Report of the Indian Hemp Drugs Commission, 1894-1895 - Volume IV
Year: 1894
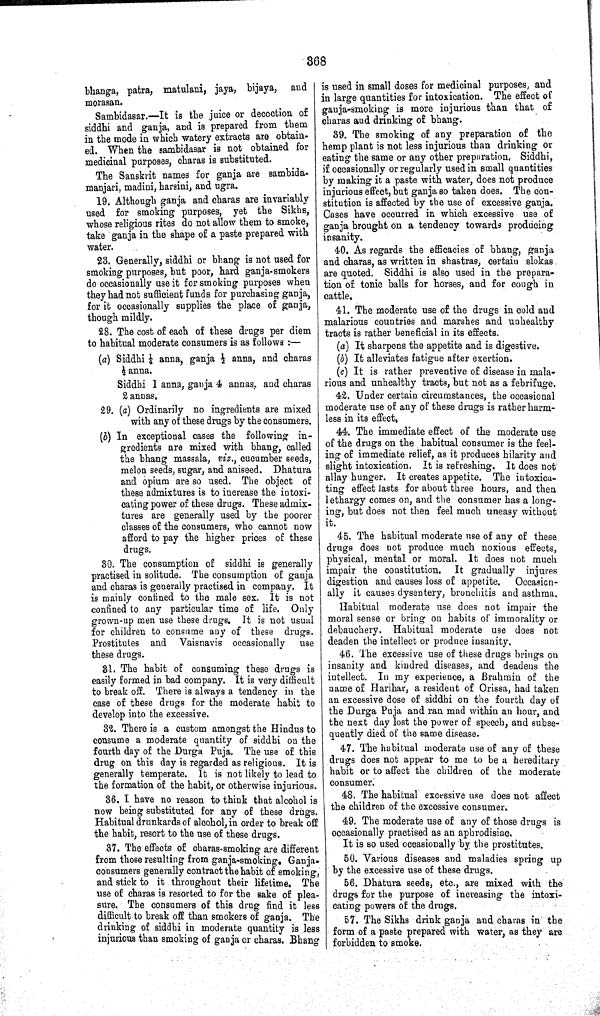
368
bhanga, patra, matulani, jaya, bijaya, and
morasan.
Sambidasar.—It is the juice or decoction of
siddhi and ganja, and is prepared from them
in the mode in which watery extracts are obtain-
ed. When the sambidasar is not obtained for
medicinal purposes, charas is substituted.
The Sanskrit names for ganja are sambida-
manjari, madini, harsini, and ugra.
19. Although ganja and charas are invariably
used for smoking purposes, yet the Sikhs,
whose religious rites do not allow them to smoke,
take ganja in the shape of a paste prepared with
water.
23. Generally, siddhi or bhang is not used for
smoking purposes, but poor, hard ganja-smokers
do occasionally use it for smoking purposes when
they had not sufficient funds for purchasing ganja,
for it occasionally supplies the place of ganja,
though mildly.
28. The cost of each of these drugs per diem
to habitual moderate consumers is as follows:—
(a) Siddhi ¼ anna, ganja ½ anna, and charas
½ anna.
Siddhi 1 anna, ganja 4 annas, and charas
2 annas.
29. (a) Ordinarily no ingredients are mixed
with any of these drugs by the consumers.
(b) In exceptional cases the following in-
gredients are mixed with bhang, called
the bhang massala, viz., cucumber seeds,
melon seeds, sugar, and aniseed. Dhatura
and opium are so used. The object of
these admixtures is to increase the intoxi-
cating power of these drugs. These admix-
tures are generally used by the poorer
classes of the consumers, who cannot now
afford to pay the higher prices of these
drugs.
30. The consumption of siddhi is generally
practised in solitude. The consumption of ganja
and charas is generally practised in company. It
is mainly confined to the male sex. It is not
confined to any particular time of life. Only
grown-up men use these drugs. It is not usual
for children to consume any of these drugs.
Prostitutes and Vaisnavis occasionally use
these drugs.
31. The habit of consuming these drugs is
easily formed in bad company. It is very difficult
to break off. There is always a tendency in the
case of these drugs for the moderate habit to
develop into the excessive.
32. There is a custom amongst the Hindus to
consume a moderate quantity of siddhi on the
fourth day of the Durga Puja. The use of this
drug on this day is regarded as religious. It is
generally temperate. It is not likely to lead to
the formation of the habit, or otherwise injurious.
36. I have no reason to think that alcohol is
now being substituted for any of these drugs.
Habitual drunkards of alcohol, in order to break off
the habit, resort to the use of these drugs.
37. The effects of charas-smoking are different
from those resulting from ganja-smoking. Ganja-
consumers generally contract the habit of smoking,
and stick to it throughout their lifetime. The
use of charas is resorted to for the sake of plea-
sure. The consumers of this drug find it less
difficult to break off than smokers of ganja. The
drinking of siddhi in moderate quantity is less
injurious than smoking of ganja or charas. Bhang
is used in small doses for medicinal purposes, and
in large quantities for intoxication. The effect of
ganja-smoking is more injurious than that of
charas and drinking of bhang.
39. The smoking of any preparation of the
hemp plant is not less injurious than drinking or
eating the same or any other preparation. Siddhi,
if occasionally or regularly used in small quantities
by making it a paste with water, does not produce
injurious effect, but ganja so taken does. The con-
stitution is affected by the use of excessive ganja.
Cases have occurred in which excessive use of
ganja brought on a tendency towards producing
insanity.
40. As regards the efficacies of bhang, ganja
and charas, as written in shastras, certain slokas
are quoted. Siddhi is also used in the prepara-
tion of tonic balls for horses, and for cough in
cattle.
41. The moderate use of the drugs in cold and
malarious countries and marshes and unhealthy
tracts is rather beneficial in its effects.
(a) It sharpens the appetite and is digestive.
(b) It alleviates fatigue after exertion.
(c) It is rather preventive of disease in mala-
rious and unhealthy tracts, but not as a febrifuge.
42. Under certain circumstances, the occasional
moderate use of any of these drugs is rather harm-
less in its effect,
44. The immediate effect of the moderate use
of the drugs on the habitual consumer is the feel-
ing of immediate relief, as it produces hilarity and
slight intoxication. It is refreshing. It does not
allay hunger. It creates appetite. The intoxica-
ting effect lasts for about three hours, and then
lethargy comes on, and the consumer has a long-
ing, but does not then feel much uneasy without
it.
45. The habitual moderate use of any of these
drugs does not produce much noxious effects,
physical, mental or moral. It does not much
impair the constitution. It gradually injures
digestion and causes loss of appetite. Occasion-
ally it causes dysentery, bronchitis and asthma.
Habitual moderate use does not impair the
moral sense or bring on habits of immorality or
debauchery. Habitual moderate use does not
deaden the intellect or produce insanity.
46. The excessive use of these drugs brings on
insanity and kindred diseases, and deadens the
intellect. In my experience, a Brahmin of the
name of Harihar, a resident of Orissa, had taken
an excessive dose of siddhi on the fourth day of
the Durga Puja and ran mad within an hour, and
the next day lost the power of speech, and subse-
quently died of the same disease.
47. The habitual moderate use of any of these
drugs does not appear to me to be a hereditary
habit or to affect the children of the moderate
consumer.
48. The habitual excessive use does not affect
the children of the excessive consumer.
49. The moderate use of any of those drugs is
occasionally practised as an aphrodisiac.
It is so used occasionally by the prostitutes.
50. Various diseases and maladies spring up
by the excessive use of these drugs.
56. Dhatura seeds, etc., are mixed with the
drugs for the purpose of increasing the intoxi-
cating powers of the drugs.
57. The Sikhs drink ganja and charas in the
form of a paste prepared with water, as they are
forbidden to smoke.